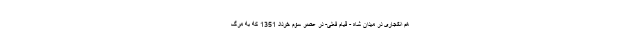
هم انفجاری در میدان شاه - قیام فعلی- در عصر سوم خرداد 1351 که به مرگ